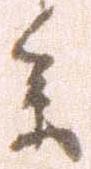
参